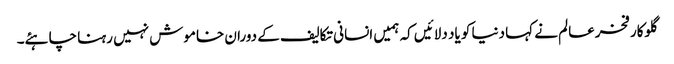
گلوکار فخرعالم نے کہا دنیا کو یاد دلائیں کہ ہمیں انسانی تکالیف کے دوران خاموش نہیں رہنا چاہئے۔